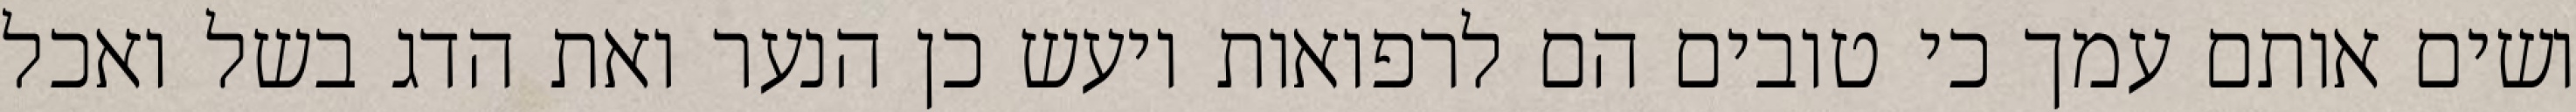
ושים אותם עמך כי טובים הם לרפואות ויעש כן הנער ואת הדג בשל ואכל